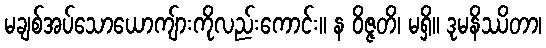
မချစ်အပ်သောယောကျ်ားကိုလည်းကောင်း။ န ဝိဇ္ဇတိ၊ မရှိ။ ဒုမနိဿိတာ၊